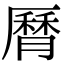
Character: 𦠓